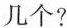
几个?